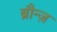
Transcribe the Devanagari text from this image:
ब्रौन्ज़